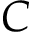
C